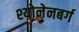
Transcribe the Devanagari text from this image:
श्योनेनबर्ग